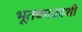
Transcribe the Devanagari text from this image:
भूतकाळाशी